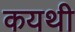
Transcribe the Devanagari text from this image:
कयथी